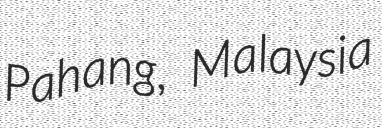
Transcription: Pahang, Malaysia